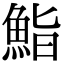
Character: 鮨